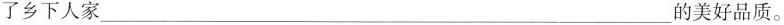
了乡下人家___的美好品质。